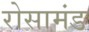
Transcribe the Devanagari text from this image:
रोसामंड